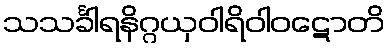
သသင်္ခါရနိဂ္ဂယှဝါရိဝါဝဋောတိ